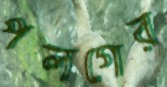
পলগের